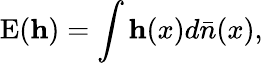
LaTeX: \mathrm{E}(\mathbf{h})=\int\mathbf{h}(x)d\bar{n}(x),